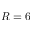
R = 6